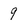
Character: 9